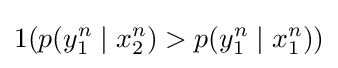
1(p(y_{1}^{n}\mid x_{2}^{n})>p(y_{1}^{n}\mid x_{1}^{n}))